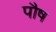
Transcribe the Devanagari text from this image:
पाैष